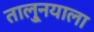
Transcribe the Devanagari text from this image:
तालु्नयाला